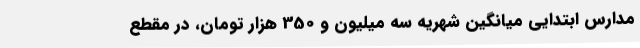
مدارس ابتدایی میانگین شهریه سه ‌میلیون و 350 هزار تومان، در مقطع